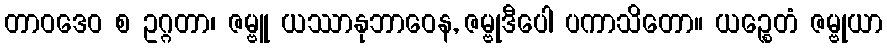
တာဝဒေဝ စ ဥဂ္ဂတာ၊ ဇမ္ဗူ ယဿာနုဘာဝေန, ဇမ္ဗုဒီပေါ ပကာသိတော။ ယဉ္စေတံ ဇမ္ဗုယာ